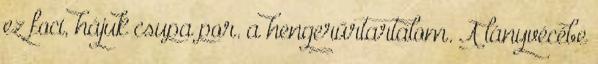
ez foci, hájuk csupa por. a hengerűrtartalom. A lányvécébe